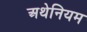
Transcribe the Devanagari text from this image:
अथेनियम